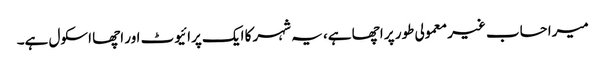
میرا حساب غیر معمولی طور پر اچھا ہے، یہ شہر کا ایک پرائیوٹ اور اچھا اسکول ہے۔